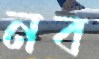
নব